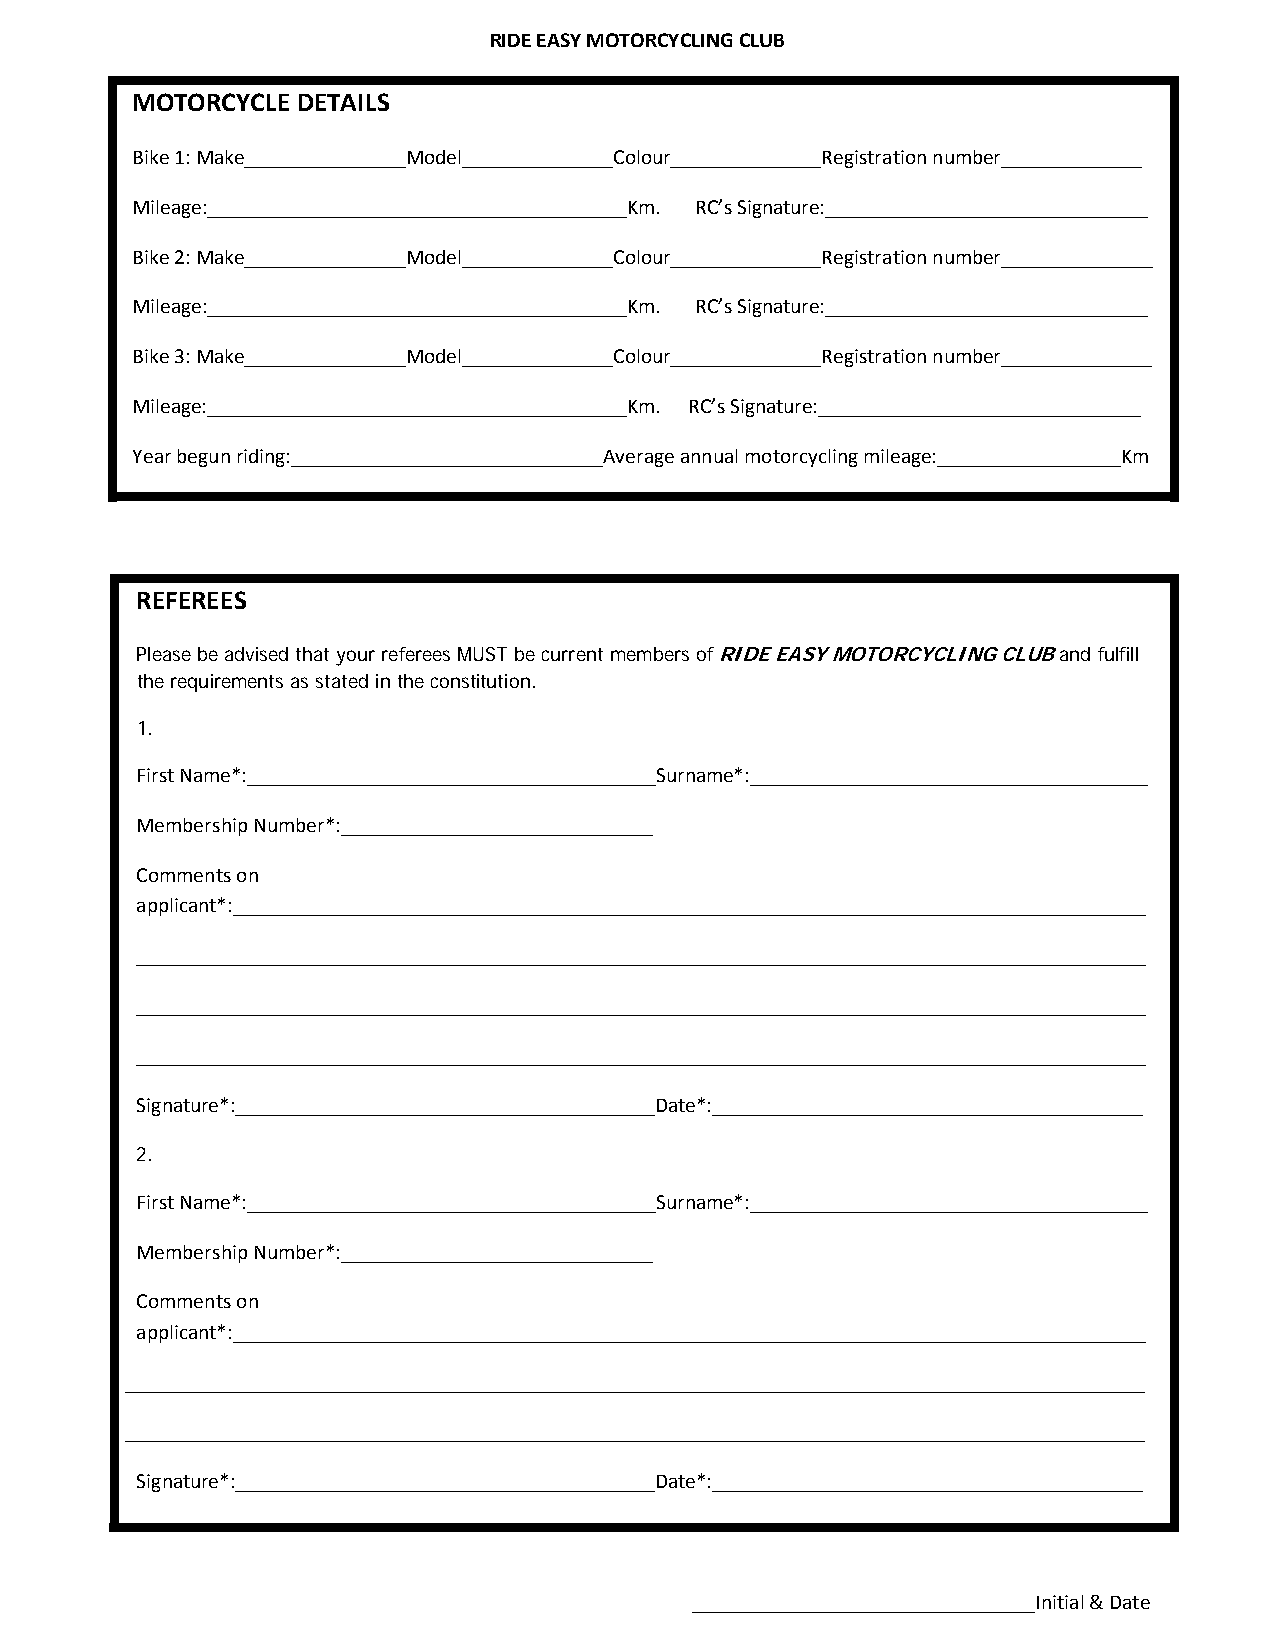
RIDE EASY MOTORCYCLING CLUB
 MOTORCYCLE DETAILS
 Bike 1: Make_______________Model______________Colour______________Registration number_____________
 Mileage:_______________________________________Km. RC’s Signature:______________________________
 Bike 2: Make_______________Model______________Colour______________Registration number______________
 Mileage:_______________________________________Km. RC’s Signature:______________________________
 Bike 3: Make_______________Model______________Colour______________Registration number______________
 Mileage:_______________________________________Km. RC’s Signature:______________________________
 Year begun riding:_____________________________Average annual motorcycling mileage:_________________Km
 REFEREES
 Please be advised that your referees MUST be current members of RIDE EASY MOTORCYCLING CLUB and fulfill
 the requirements as stated in the constitution.
 1.
 First Name*:______________________________________Surname*:_____________________________________
 Membership Number*:_____________________________
 Comments on
 applicant*:_____________________________________________________________________________________
 ______________________________________________________________________________________________
 ______________________________________________________________________________________________
 ______________________________________________________________________________________________
 Signature*:_______________________________________Date*:________________________________________
 2.
 First Name*:______________________________________Surname*:_____________________________________
 Membership Number*:_____________________________
 Comments on
 applicant*:_____________________________________________________________________________________
 _______________________________________________________________________________________________
 _______________________________________________________________________________________________
 Signature*:_______________________________________Date*:________________________________________
 ________________________________Initial & Date